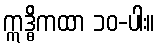
ဣဒ္ဓိကထာ ၁၀-ပါး။